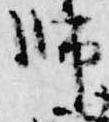
師